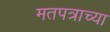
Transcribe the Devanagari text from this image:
मतपत्राच्या